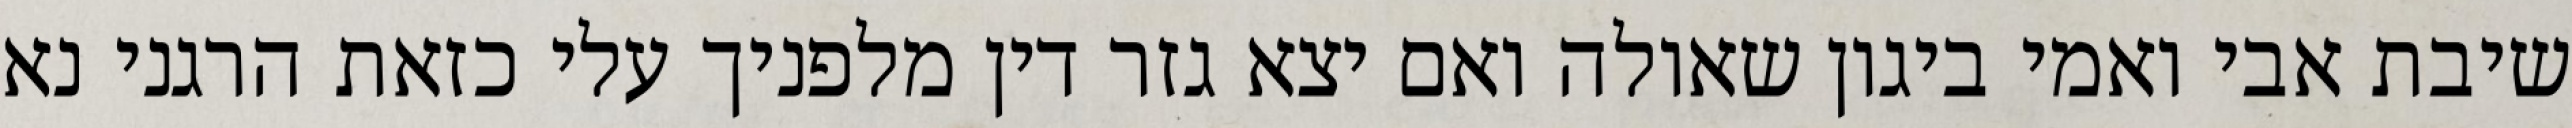
שיבת אבי ואמי ביגון שאולה ואם יצא גזר דין מלפניך עלי כזאת הרגני נא